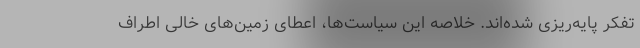
تفکر پایه‌ریزی شده‌اند. خلاصه این سیاست‌ها، اعطای زمین‌های خالی اطراف